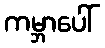
ကမ္ဘာပေါ်